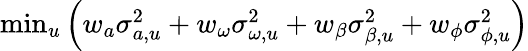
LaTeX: \begin{array}{r}{\operatorname*{min}_{u}\left(w_{a}\sigma_{a,u}^{2}+w_{\omega}\sigma_{\omega,u}^{2}+w_{\beta}\sigma_{\beta,u}^{2}+w_{\phi}\sigma_{\phi,u}^{2}\right)}\end{array}